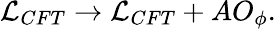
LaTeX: {\cal L}_{CFT}\to{\cal L}_{CFT}+AO_{\phi}.